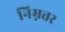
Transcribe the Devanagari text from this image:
निम्नत्तर